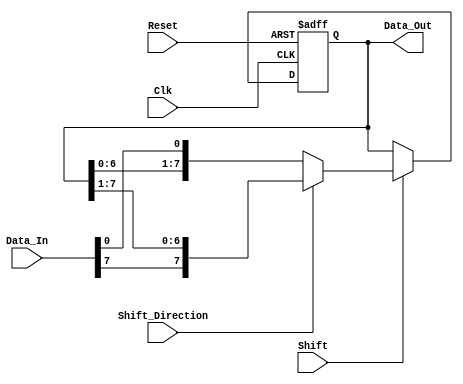
module ShiftRegister #(
    parameter N = 8  // Parameter to define the size of the shift register
)(
    input wire Clk,                // Clock signal
    input wire Reset,              // Asynchronous reset signal
    input wire [N-1:0] Data_In,    // Input data line
    input wire Shift,              // Control signal to determine when to shift
    input wire Shift_Direction,     // Control signal for shift direction (0 = left, 1 = right)
    output reg [N-1:0] Data_Out    // Output data
);

    // Asynchronous reset and shifting operation
    always @(posedge Clk or posedge Reset) begin
        if (Reset) begin
            Data_Out <= {N{1'b0}};  // Clear the register on reset
        end else if (Shift) begin
            if (Shift_Direction) begin
                // Shift Right
                Data_Out <= {Data_In[N-1], Data_Out[N-1:1]}; // Shift right and insert Data_In at MSB
            end else begin
                // Shift Left
                Data_Out <= {Data_Out[N-2:0], Data_In[0]}; // Shift left and insert Data_In at LSB
            end
        end
    end

endmodule